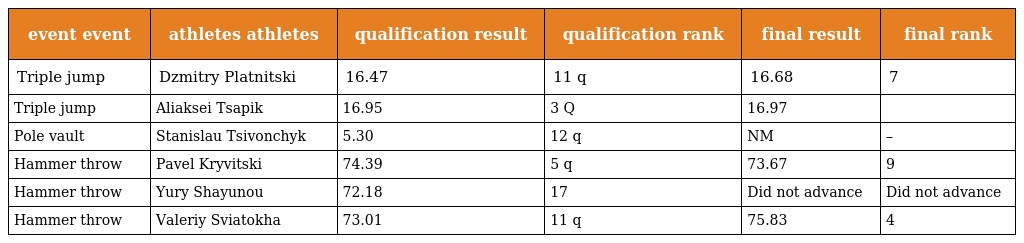
| event event | athletes athletes | qualification result | qualification rank | final result | final rank |
 | --- | --- | --- | --- | --- | --- |
 | Triple jump | Dzmitry Platnitski | 16.47 | 11 q | 16.68 | 7 |
 | Triple jump | Aliaksei Tsapik | 16.95 | 3 Q | 16.97 |  |
 | Pole vault | Stanislau Tsivonchyk | 5.30 | 12 q | NM | – |
 | Hammer throw | Pavel Kryvitski | 74.39 | 5 q | 73.67 | 9 |
 | Hammer throw | Yury Shayunou | 72.18 | 17 | Did not advance | Did not advance |
 | Hammer throw | Valeriy Sviatokha | 73.01 | 11 q | 75.83 | 4 |